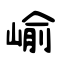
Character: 崳